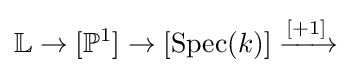
\mathbb {L} \to [\mathbb {P} ^{1}]\to [\operatorname {Spec} (k)]\xrightarrow {[+1]}